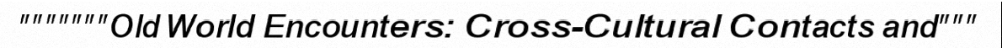
"""""""Old World Encounters: Cross-Cultural Contacts and"""